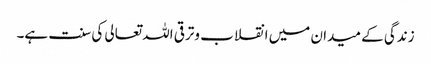
زندگی کے میدان میں انقلاب وترقی اللہ تعالی کی سنت ہے۔